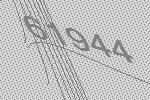
61944